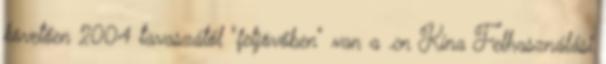
követően 2004 tavaszától "feljövőben" van a .cn Kína Felhasználási